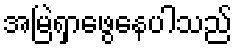
အမြဲရှာဖွေနေပါသည်